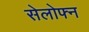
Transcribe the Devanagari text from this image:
सेलोफ्न